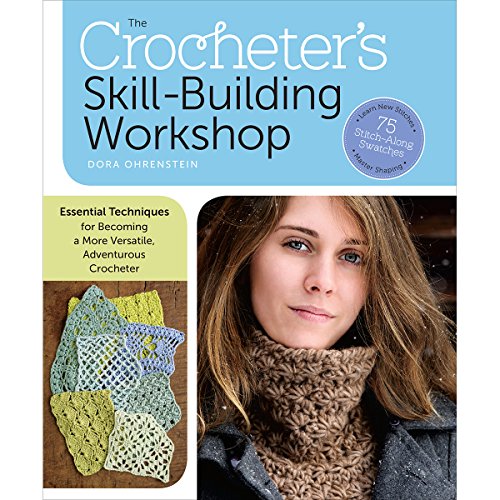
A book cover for The Crocheter's Skill-Building Workshop: Essential Techniques for Becoming a More Versatile, Adventurous Crocheter; Dora Ohrenstein; Crafts, Hobbies & Home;